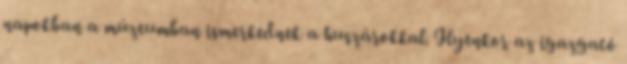
napokban a múzeumban ismerkednek a huszárokkal. Ilyenkor az igazgató